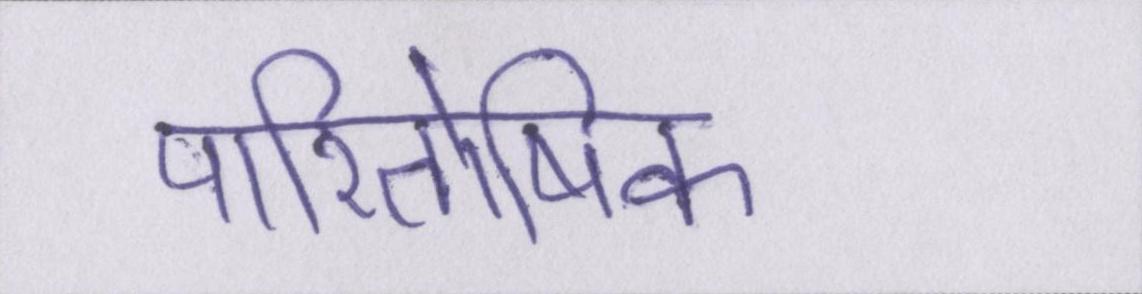
पारितोषिक